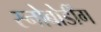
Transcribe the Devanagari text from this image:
स्नोबोर्डींग